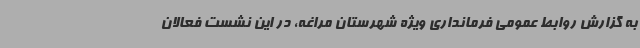
به گزارش روابط عمومی فرمانداری ویژه شهرستان مراغه، در این نشست فعالان